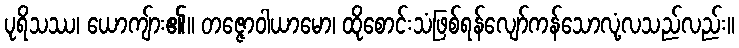
ပုရိသဿ၊ ယောကျ်ား၏။ တဇ္ဇောဝါယာမော၊ ထိုစောင်းသံဖြစ်ရန်လျော်ကန်သောလုံ့လသည်လည်း။